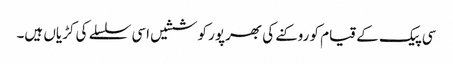
سی پیک کے قیام کو روکنے کی بھرپور کوششیں اسی سلسلے کی کڑیاں ہیں۔